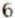
6